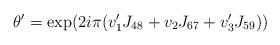
LaTeX: \begin{align*}\theta' = \exp(2i\pi(v'_1 J_{48} + v_2 J_{67} + v'_3 J_{59}))\end{align*}